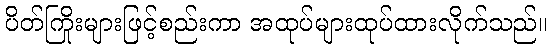
ပိတ်ကြိုးများဖြင့်စည်းကာ အထုပ်များထုပ်ထားလိုက်သည်။